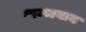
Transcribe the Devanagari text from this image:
शम्भवाय